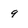
Character: 9